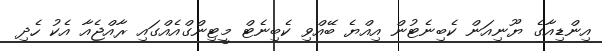
އިންޑިއާގެ ޔޫނިއަން ކެބިނެޓުން އިއްޔެ ބޭއްވި ކެބިނެޓް މީޓިންގްއެއްގައި ރާއްޖެއާ އެކު ހެދި